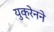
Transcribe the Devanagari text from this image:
युक्रेनने